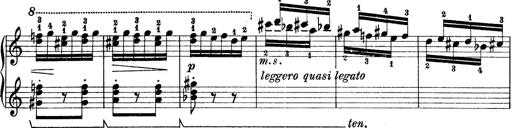
Title: Rapsodie: 19 ungheresi, 1 spagnuola
Composer: Franz Liszt